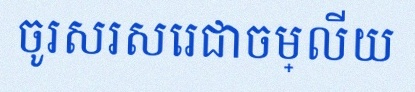
ចូរសរសេរជាចម្លើយ